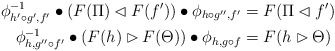
\begin{align*} \phi^{-1}_{h'\circ g',f'} \bullet (F(\Pi)\lhd F(f')) \bullet \phi_{h\circ g'', f' }&= F(\Pi \lhd f') \\\phi^{-1}_{h,g''\circ f'} \bullet (F(h)\rhd F(\Theta)) \bullet \phi_{h, g\circ f} &= F(h \rhd \Theta) \\\end{align*}